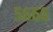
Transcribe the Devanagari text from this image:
५६६६